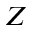
Z